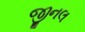
જીનલ